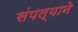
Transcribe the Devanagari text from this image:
संपल्‍याने